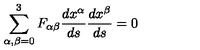
\sum _ { \alpha , \beta = 0 } ^ { 3 } F _ { \alpha \beta } \frac { d x ^ { \alpha } } { d s } \frac { d x ^ { \beta } } { d s } = 0